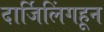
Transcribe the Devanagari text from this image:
दार्जिलिंगहून